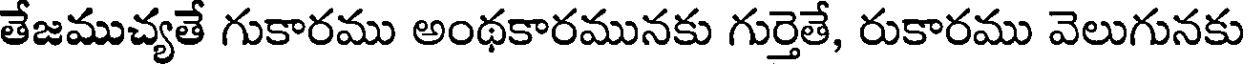
తేజముచ్యతే గుకారము అంథకారమునకు గుర్తెతే, రుకారము వెలుగునకు